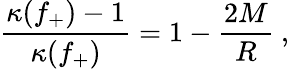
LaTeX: \frac{\kappa(f_{+})-1}{\kappa(f_{+})}=1-\frac{2M}{R}\ ,